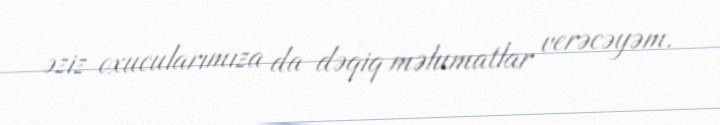
əziz oxucularımıza da dəqiq məlumatlar verəcəyəm.